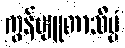
ကွန်ပျူတာသိပ္ပံ